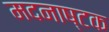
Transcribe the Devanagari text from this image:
मदनाष्टक